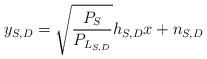
LaTeX: \begin{align*}y_{S,D} = \sqrt{\frac{P_{S}}{ P_{L_{S,D}}}} h_{S,D}x + n_{S,D}\end{align*}